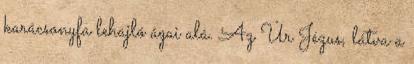
karácsonyfa lehajló ágai alá. Az Úr Jézus, látva a